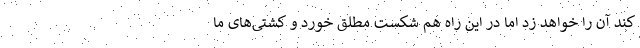
کند آن را خواهد زد اما در این راه هم شکست مطلق خورد و کشتی‌های ما